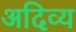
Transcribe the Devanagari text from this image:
अदिव्य